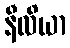
နီလိယာ